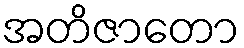
အတိဇာတော